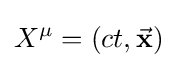
X^{\mu }=\left(ct,{\vec {\mathbf {x} }}\right)